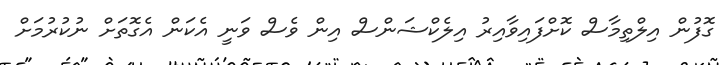
ގޮފުން އިލްތިމާސް ކޮށްފައިވާއިރު އިލެކްޝަންސް އިން ވެސް ވަނީ އެކަން އެގޮތަށް ނުކުރުމަށް